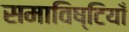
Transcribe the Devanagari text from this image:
समाविष्टियाँ